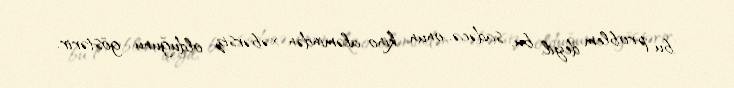
bu problem deyil, bu, sadəcə, onun kino aləmindən xəbərsiz olduğunu göstərir.